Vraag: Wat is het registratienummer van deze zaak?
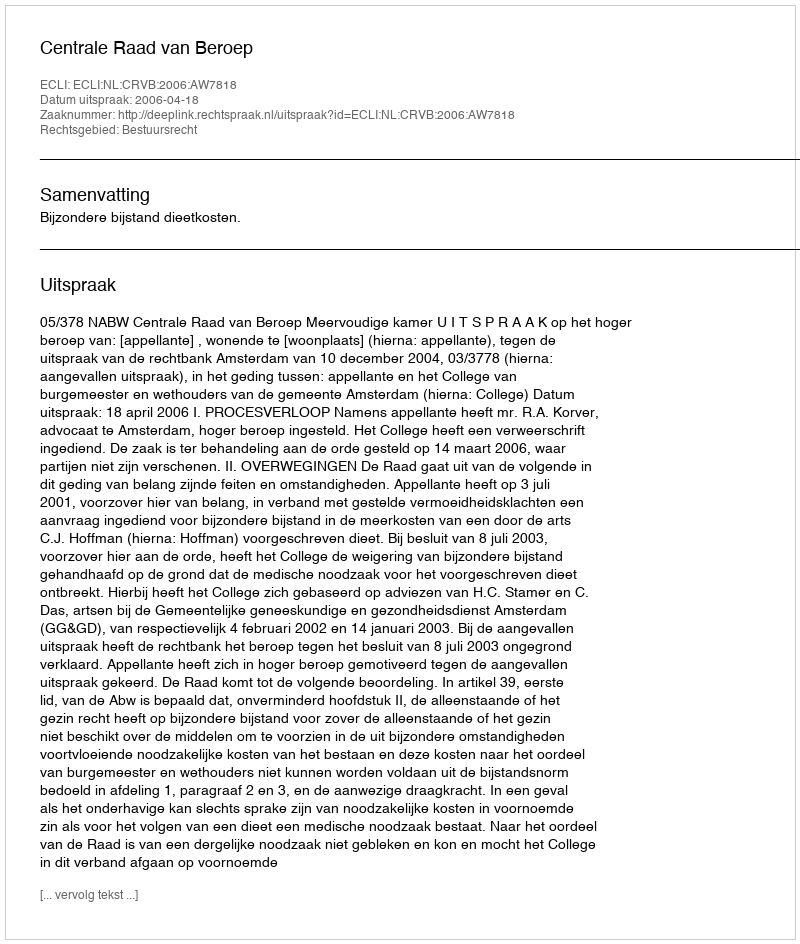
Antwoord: http://deeplink.rechtspraak.nl/uitspraak?id=ECLI:NL:CRVB:2006:AW7818